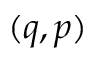
( q , p )